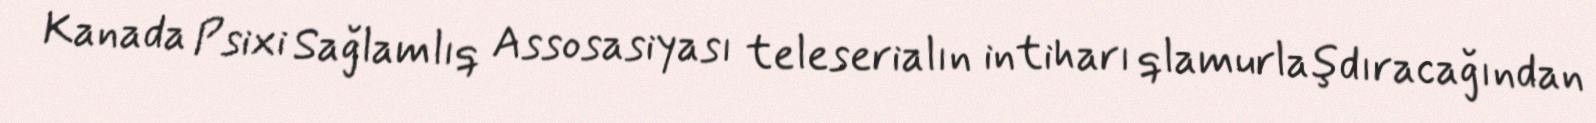
Kanada Psixi Sağlamlıq Assosasiyası teleserialın intiharı qlamurlaşdıracağından